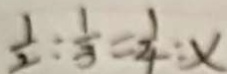
\frac { 1 } { 2 } : \frac { 1 } { 3 } = \frac { 1 } { 4 } : x